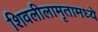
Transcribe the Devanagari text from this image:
शिवलीलामृतामध्ये